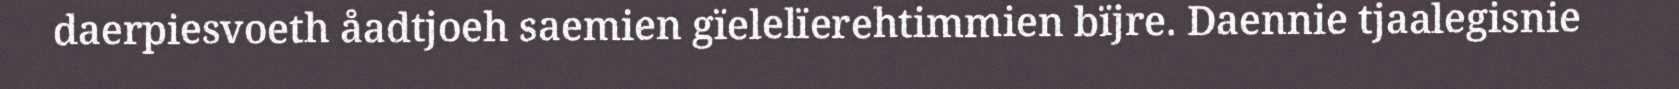
daerpiesvoeth åadtjoeh saemien gïelelïerehtimmien bïjre. Daennie tjaalegisnie